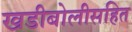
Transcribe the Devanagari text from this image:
खडीबोलीसहित